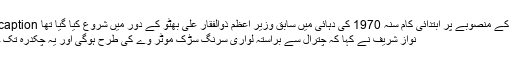
Image caption لواری ٹنل کے منصوبے پر ابتدائی کام سنہ 1970 کی دہائی میں سابق وزیر اعظم ذوالفقار علی بھٹو کے دور میں شروع کیا گیا تھا
نواز شریف نے کہا کہ چترال سے براستہ لواری سرنگ سڑک موٹر وے کی طرح ہوگی اور یہ چکدرہ تک جائے گی۔